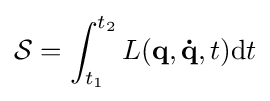
{\mathcal {S}}=\int _{t_{1}}^{t_{2}}L(\mathbf {q} ,\mathbf {\dot {q}} ,t)\mathrm {d} t